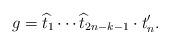
LaTeX: \begin{align*}g=\widehat{ t}_1\cdots \widehat{ t}_{2n-k-1}\cdot t_n'.\end{align*}